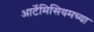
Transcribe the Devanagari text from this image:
आर्टेमिसियमच्या